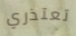
تعتذري